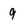
Character: 9